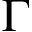
\Gamma